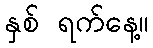
နှစ် ရက်နေ့။